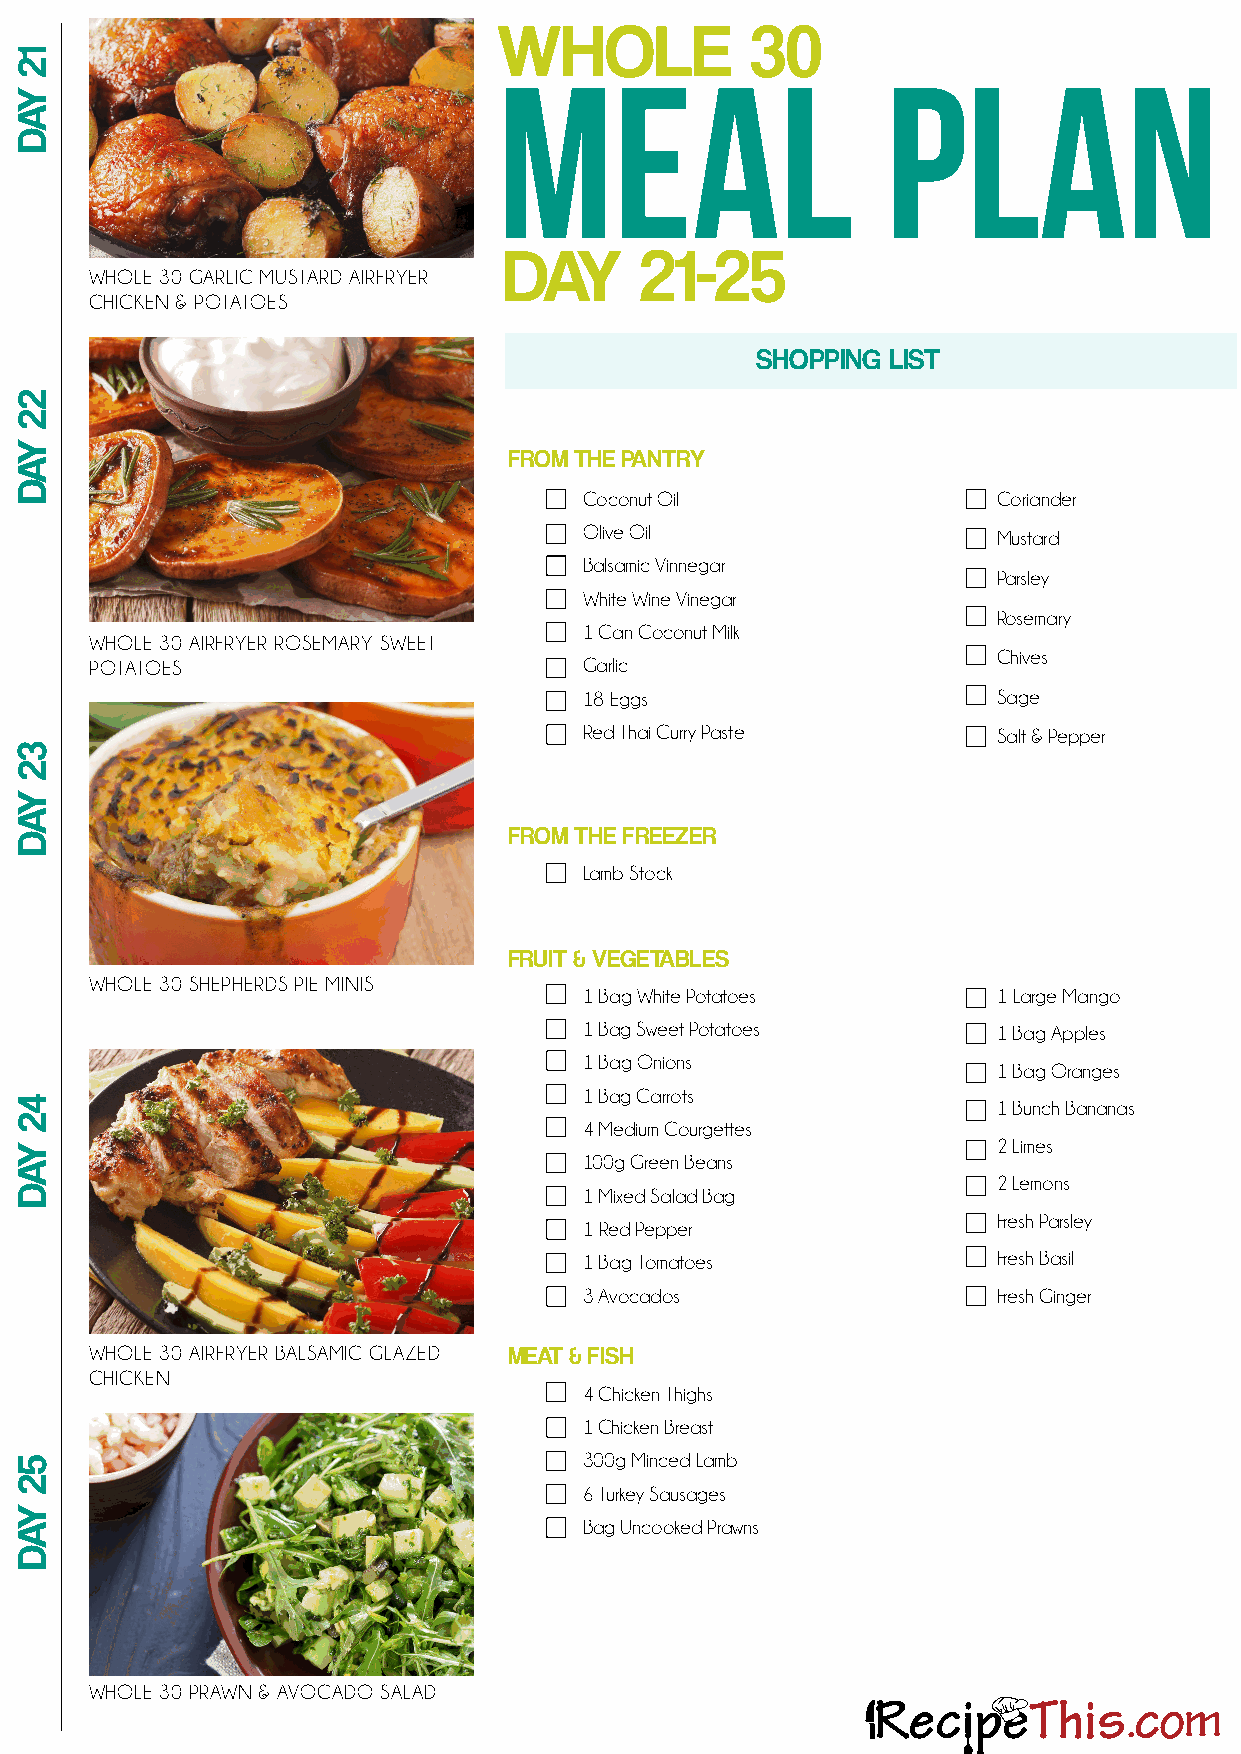
WHOLE            30
 MEAL                      PLAN
 DAY      21-25
 WHOLE 30 GARLIC MUSTARD AIRFRYER
 CHICKEN & POTATOES
 SHOPPING LIST
 FROM THE PANTRY
 Coconut Oil                Coriander
 Olive Oil                  Mustard
 Balsamic Vinnegar
 Parsley
 White Wine Vinegar
 Rosemary
 1 Can Coconut Milk
 WHOLE 30 AIRFRYER ROSEMARY SWEET
 Chives
 POTATOES                         Garlic
 18 Eggs                    Sage
 Red Thai Curry Paste       Salt & Pepper
 FROM THE FREEZER
 Lamb Stock
 FRUIT & VEGETABLES
 WHOLE 30 SHEPHERDS PIE MINIS
 1 Bag White Potatoes       1 Large Mango
 1 Bag Sweet Potatoes       1 Bag Apples
 1 Bag Onions
 1 Bag Oranges
 1 Bag Carrots
 1 Bunch Bananas
 4 Medium Courgettes
 2 Limes
 100g Green Beans
 2 Lemons
 1 Mixed Salad Bag
 Fresh Parsley
 1 Red Pepper
 1 Bag Tomatoes             Fresh Basil
 3 Avocados                 Fresh Ginger
 WHOLE 30 AIRFRYER BALSAMIC GLAZED MEAT & FISH
 CHICKEN
 4 Chicken Thighs
 1 Chicken Breast
 300g Minced Lamb
 6 Turkey Sausages
 Bag Uncooked Prawns
 WHOLE 30 PRAWN & AVOCADO SALAD
 12
 YAD
 22
 YAD
 32
 YAD
 42
 YAD
 52
 YAD